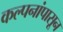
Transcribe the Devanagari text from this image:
कल्पनांपासून